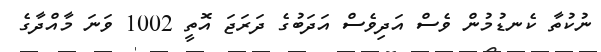
ނުކުތާ ކެނޑުމުން ވެސް އަދިވެސް އަދަބުގެ ދަރަޖަ އޮތީ 1002 ވަނަ މާއްދާގެ